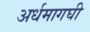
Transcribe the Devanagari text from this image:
अर्धमागघी